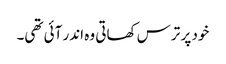
خود پر ترس کھاتی وہ اندر آئی تھی۔